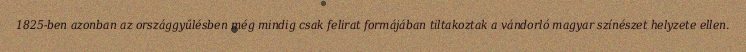
1825-ben azonban az országgyűlésben még mindig csak felirat formájában tiltakoztak a vándorló magyar színészet helyzete ellen.